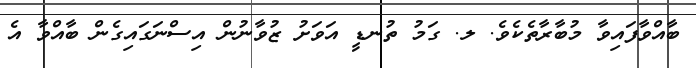
ބާއްވާފައިވާ މުބާރާތެކެވެ. ލ. ގަމު ތުނޑީ އަވަށު ޒުވާނުން އިސްނަގައިގެން ބާއްވާ އެ